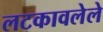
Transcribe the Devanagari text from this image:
लटकावलेले